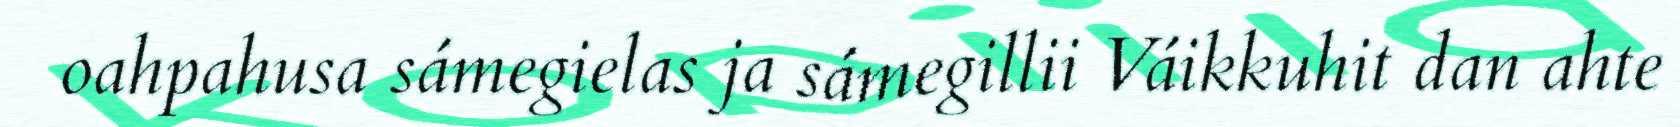
oahpahusa sámegielas ja sámegillii Váikkuhit dan ahte